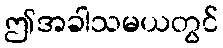
ဤအခါသမယတွင်